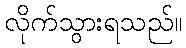
လိုက်သွားရသည်။